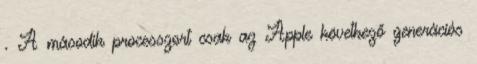
. A második processzort csak az Apple következő generációs